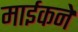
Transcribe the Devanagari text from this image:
माईकने